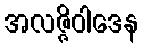
အလဇ္ဇိဝါဒေန